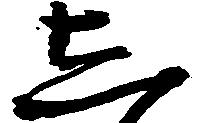
し